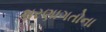
શરણાગતોના